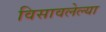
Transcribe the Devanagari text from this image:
विसावलेल्या